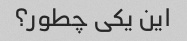
این یکی چطور؟